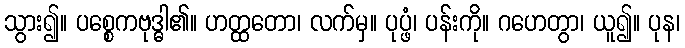
သွား၍။ ပစ္စေကဗုဒ္ဓါ၏။ ဟတ္ထတော၊ လက်မှ။ ပုပ္ဖံ၊ ပန်းကို။ ဂဟေတွာ၊ ယူ၍။ ပုန၊